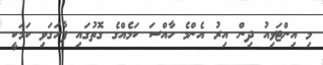
މި އިންޓަވިއު ދިން އިރު އެންމެ ހާއްސަ ކަމެއްގެ ގޮތުގައި ފާހަގަވި ކަމަކީ